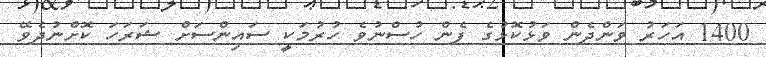
1400 އަހަރު ވަންދެން ވަޅުކޮޅުގެ ފެން ހުސްނުވެ ހުރުމަކީ ސައިންސަށް ޝަރަހަ ކޮށްނުދެވޭ